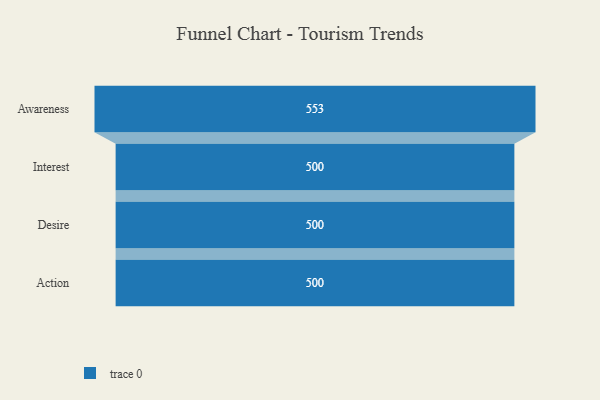
{"axis": {"x": "Stage", "y": "Value"}, "legend": [""], "data": [{"x": "Awareness", "y": 553.0, "type": ""}, {"x": "Interest", "y": 500, "type": ""}, {"x": "Desire", "y": 500, "type": ""}, {"x": "Action", "y": 500, "type": ""}]}